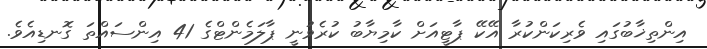
އިންތިޚާބުގައި ވެރިކަންކުރާ އޭކޭ ޕާޓީއަށް ކާމިޔާބު ކުރެވުނީ ޕާލަމެންޓްގެ 41 އިންސައްތަ ގޮނޑިއެވެ.